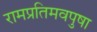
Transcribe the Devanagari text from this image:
रामप्रतिमवपुषा